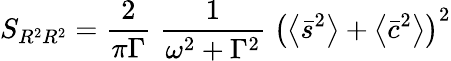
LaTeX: S_{R^{2}R^{2}}=\frac{2}{\pi\Gamma}\; \frac{1}{\omega^{2}+\Gamma^{2}}\; \left(\left\langle\bar{s}^{2}\right\rangle+\left\langle\bar{c}^{2}\right\rangle\right)^{2}